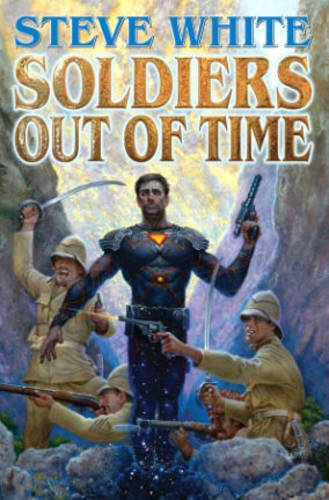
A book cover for Soldiers Out of Time (More...); Steve White; Science Fiction & Fantasy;